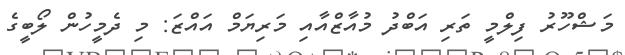
މަޝްހޫރު ފިލްމީ ތަރި އަބްދު މުއާޒްއާއި މަރިޔަމް އައްޒަ: މި ދެމީހުން ލޯބީގެ